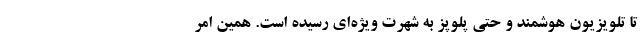
تا تلویزیون هوشمند و حتی پلوپز به شهرت ویژه‌ای رسیده است. همین امر